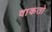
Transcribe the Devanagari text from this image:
वाकतो